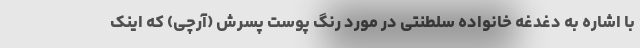
با اشاره به دغدغه خانواده سلطنتی در مورد رنگ پوست پسرش (آرچی) که اینک